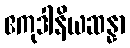
ဧကုဒါနိယဆန္နာ